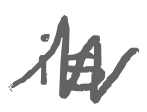
Text: is
Cross-out: zig-zag
Writing tool: digital_gray